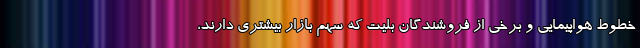
خطوط هواپیمایی و برخی از فروشندگان بلیت که سهم بازار بیشتری دارند،